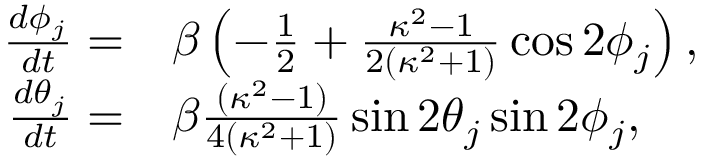
\begin{array} { r l } { \frac { d \phi _ { j } } { d t } = } & { \beta \left( - \frac { 1 } { 2 } + \frac { \kappa ^ { 2 } - 1 } { 2 ( \kappa ^ { 2 } + 1 ) } \cos 2 \phi _ { j } \right) , } \\ { \frac { d \theta _ { j } } { d t } = } & { \beta \frac { ( \kappa ^ { 2 } - 1 ) } { 4 ( \kappa ^ { 2 } + 1 ) } \sin 2 \theta _ { j } \sin 2 \phi _ { j } , } \end{array}